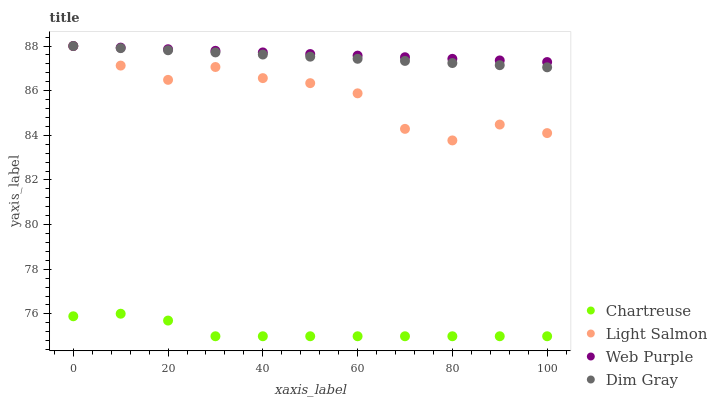
| xaxis_label | Chartreuse | Light Salmon | Web Purple | Dim Gray |
 | --- | --- | --- | --- | --- |
 | 0 | 75.9 | 88 | 88 | 88 |
 | 10 | 76 | 87.1 | 87.9 | 87.9 |
 | 20 | 75.7 | 86.5 | 87.9 | 87.8 |
 | 30 | 75 | 87.1 | 87.8 | 87.7 |
 | 40 | 75 | 86.6 | 87.7 | 87.6 |
 | 50 | 75 | 86.3 | 87.6 | 87.5 |
 | 60 | 75 | 85.9 | 87.6 | 87.4 |
 | 70 | 75 | 84.3 | 87.5 | 87.3 |
 | 80 | 75 | 83.8 | 87.4 | 87.2 |
 | 90 | 75 | 84.5 | 87.4 | 87.1 |
 | 100 | 75 | 84.1 | 87.3 | 87 |